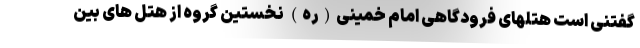
گفتنی است هتلهای فرودگاهی امام خمینی(ره) نخستین گروه از هتل های بین